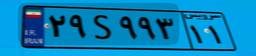
۵۶S۵۶۵۲۴